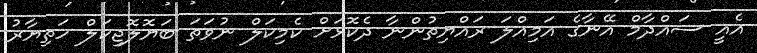
އެއީ ސައްދާމް އޭނާގެ އަމިއްލަ ރައްޔިތުންނާ ދެކޮޅަށް ކެމިކަލް ނުވަތަ ބަޔޮލޮޖިކަލް ހަތިޔާރު